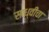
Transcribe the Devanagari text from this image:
साध्वीचा